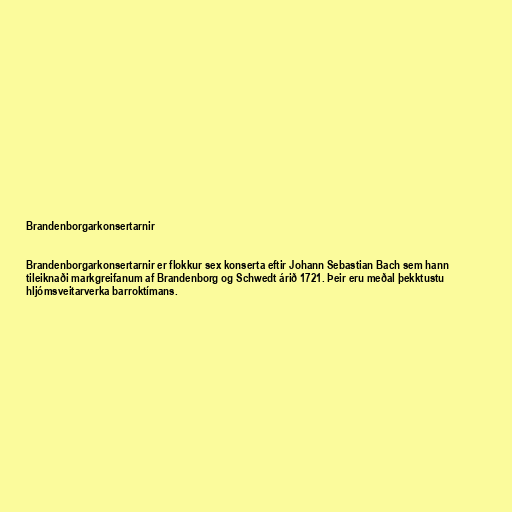
Brandenborgarkonsertarnir

Brandenborgarkonsertarnir er flokkur sex konserta eftir Johann Sebastian Bach sem hann
tileiknaði markgreifanum af Brandenborg og Schwedt árið 1721. Þeir eru meðal þekktustu
hljómsveitarverka barroktímans.